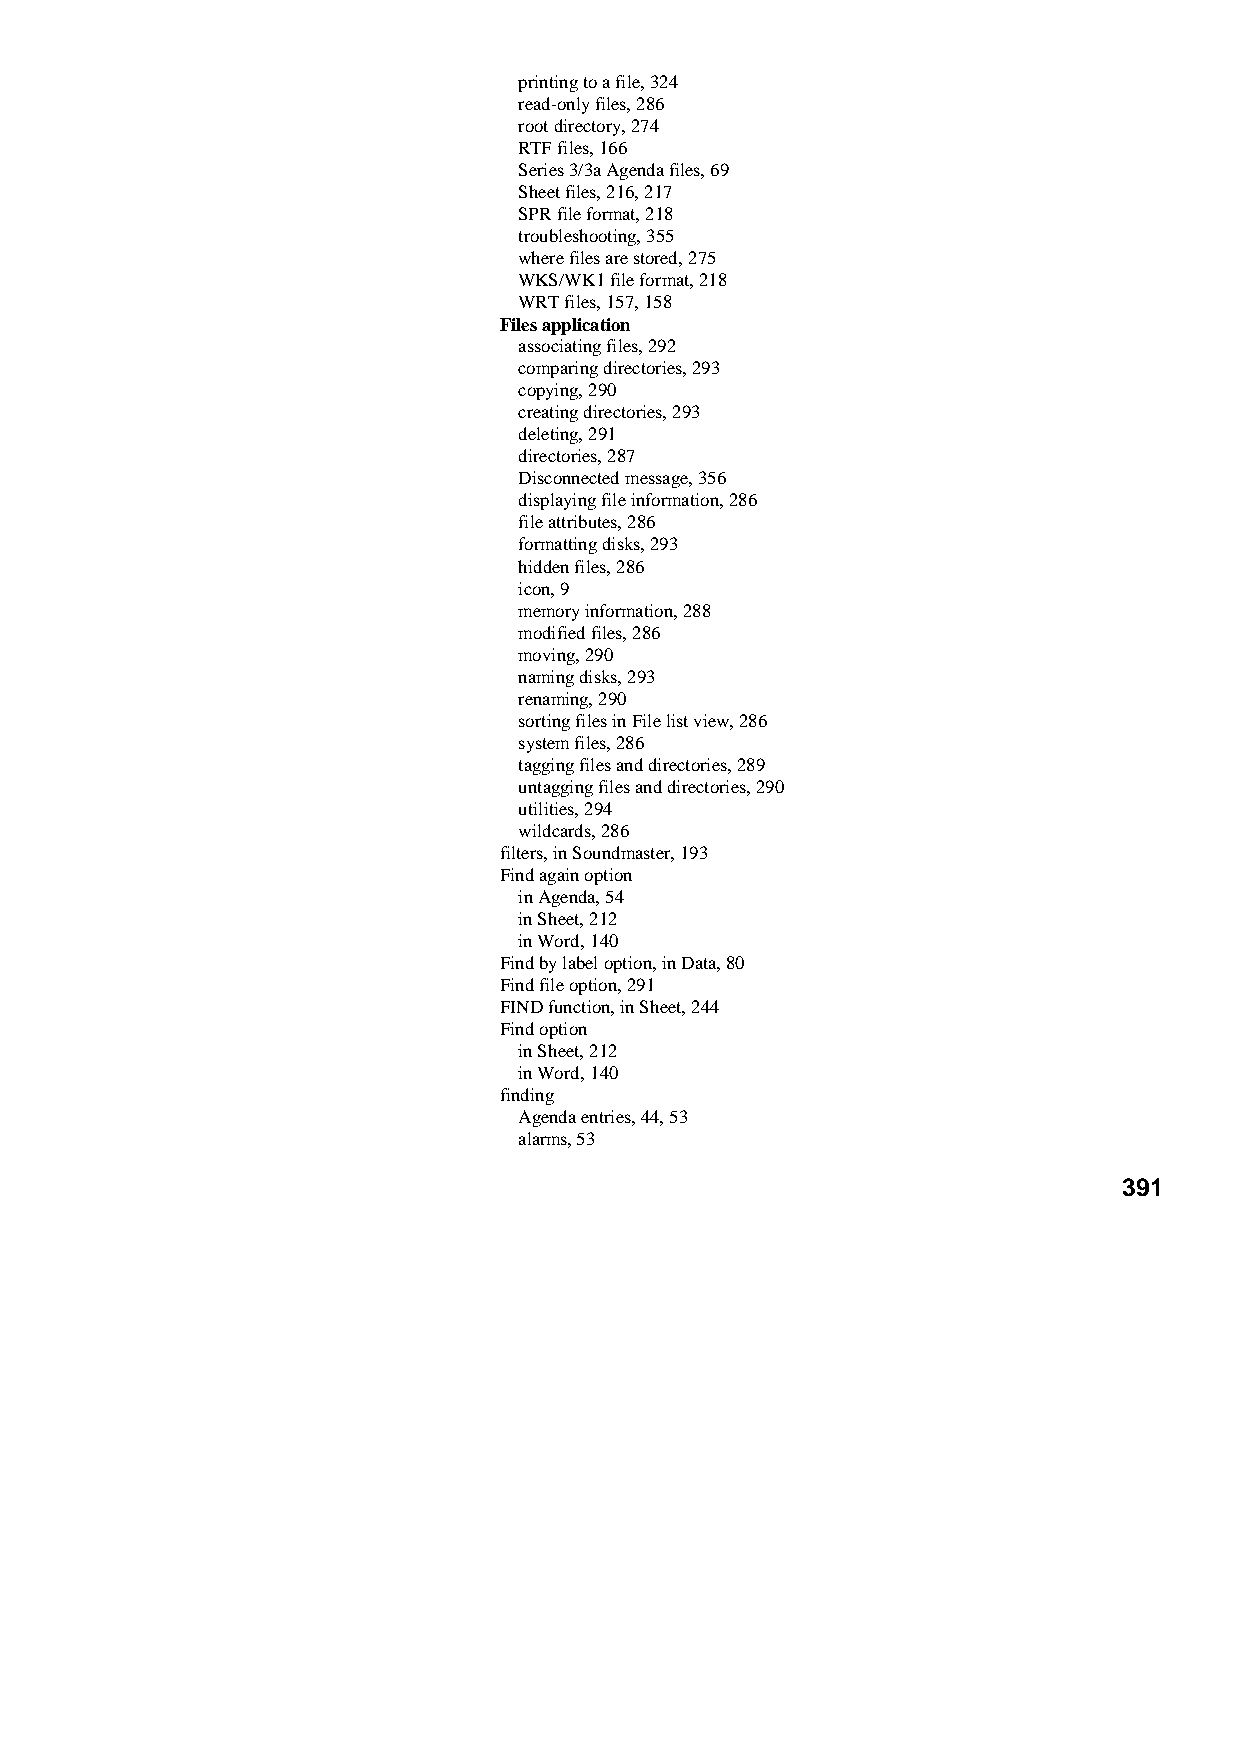
printing to a file, 324
 read-only files, 286
 root directory, 274
 RTF files, 166
 Series 3/3a Agenda files, 69
 Sheet files, 216, 217
 SPR file format, 218
 troubleshooting, 355
 where files are stored, 275
 WKS/WK1 file format, 218
 WRT files, 157, 158
 Files application
 associating files, 292
 comparing directories, 293
 copying, 290
 creating directories, 293
 deleting, 291
 directories, 287
 Disconnected message, 356
 displaying file information, 286
 file attributes, 286
 formatting disks, 293
 hidden files, 286
 icon, 9
 memory information, 288
 modified files, 286
 moving, 290
 naming disks, 293
 renaming, 290
 sorting files in File list view, 286
 system files, 286
 tagging files and directories, 289
 untagging files and directories, 290
 utilities, 294
 wildcards, 286
 filters, in Soundmaster, 193
 Find again option
 in Agenda, 54
 in Sheet, 212
 in Word, 140
 Find by label option, in Data, 80
 Find file option, 291
 FIND function, in Sheet, 244
 Find option
 in Sheet, 212
 in Word, 140
 finding
 Agenda entries, 44, 53
 alarms, 53
 391